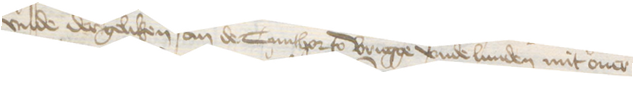
vnde dergeliken an de Cunthor to Brugge vnde Lunden mit ouer